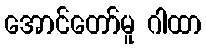
အောင်တော်မူ ဂါထာ